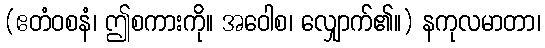
(ဧတံဝစနံ၊ ဤစကားကို။ အဝေါစ၊ လျှောက်၏။) နကုလမာတာ၊